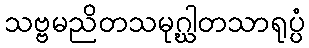
သဗ္ဗမညိတသမုဂ္ဃါတသာရုပ္ပံ